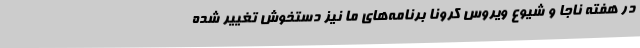
در هفته ناجا و شیوع ویروس کرونا برنامه‌های ما نیز دستخوش تغییر شده